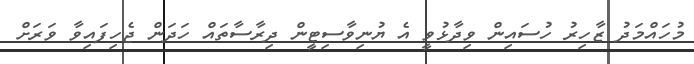
މުހައްމަދު ޒާހިރު ހުސައިން ވިދާޅުވީ އެ ޔުނިވާސިޓީން ދިރާސާތައް ހަދަން ޖެހިފައިވާ ވަރަށް